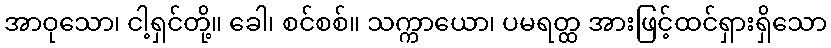
အာဝုသော၊ ငါ့ရှင်တို့။ ခေါ၊ စင်စစ်။ သက္ကာယော၊ ပမရတ္ထ အားဖြင့်ထင်ရှားရှိသော